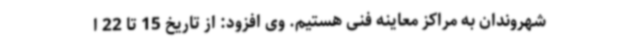
شهروندان به مراکز معاینه فنی هستیم. وی افزود: از تاریخ 15 تا 22 ا